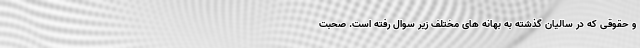
و حقوقی که در سالیان گذشته به بهانه های مختلف زیر سوال رفته است. صحبت